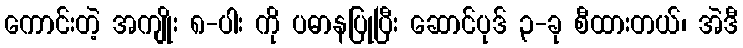
ကောင်းတဲ့ အကျိုး ၈-ပါး ကို ပဓာနပြုပြီး ဆောင်ပုဒ် ၃-ခု စီထားတယ်၊ အဲဒီ